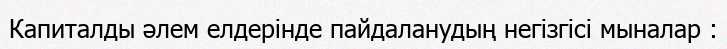
Капиталды әлем елдерінде пайдаланудың негізгісі мыналар :